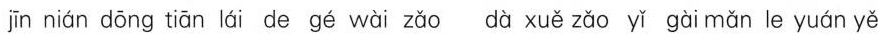
jīn nián dōng tiān lái de gé wài zǎo dà xuě zǎo yǐ gài mǎn le yuán yě